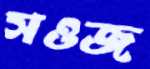
সওজ